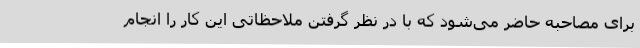
برای مصاحبه حاضر می‌شود که با در نظر گرفتن ملاحظاتی این کار را انجام